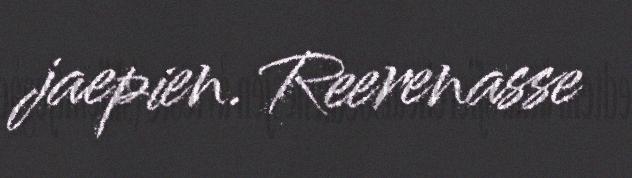
jaepien. Reerenasse